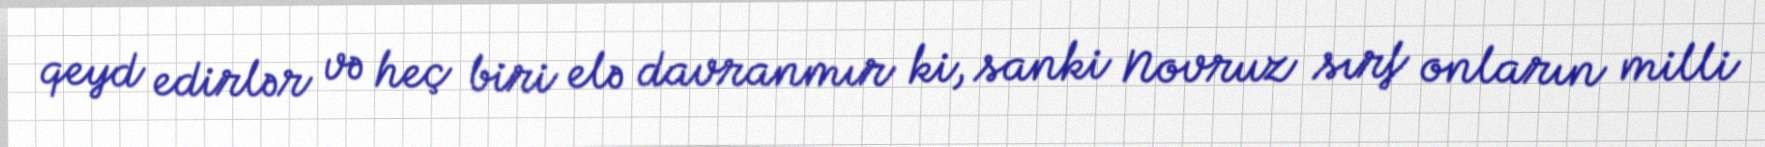
qeyd edirlər və heç biri elə davranmır ki, sanki Novruz sırf onların milli